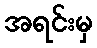
အရင်းမှ